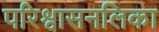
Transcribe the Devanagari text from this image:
परिश्वासनलिका